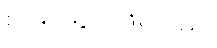
စနေနေ့ည ဖြစ်သည်။